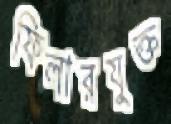
ফিলারযুক্ত